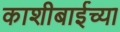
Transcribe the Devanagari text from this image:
काशीबाईच्या